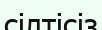
сілтісіз